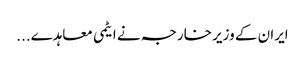
ایران کے وزیر خارجہ نے ایٹمی معاہدے...